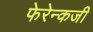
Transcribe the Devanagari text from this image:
फेरेन्कजी